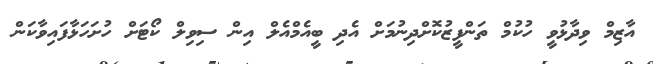
އާޒިމް ވިދާޅުވީ ހުކުމް ތަންފީޒުކޮށްދިނުމަށް އެދި ބީއެމްއެލް އިން ސިވިލް ކޯޓަށް ހުށަހަޅާފައިވާކަން